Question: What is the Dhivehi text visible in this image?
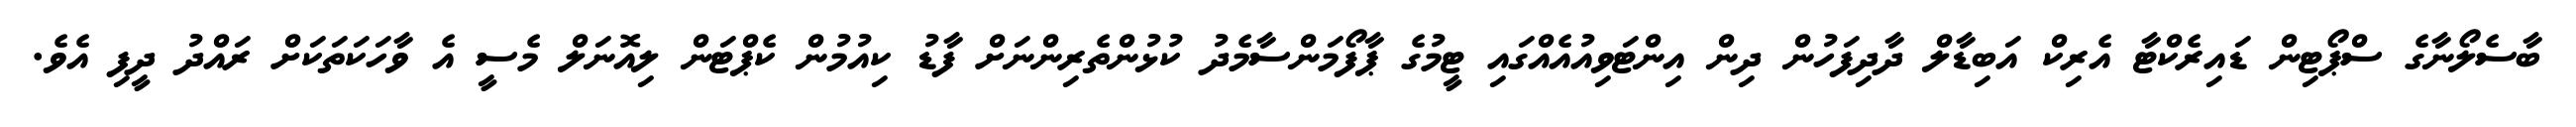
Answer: ބާސެލޯނާގެ ސްޕޯޓިން ޑައިރެކްޓާ އެރިކް އަބިޑާލް ދާދިފަހުން ދިން އިންޓަވިއުއެއްގައި ޓީމުގެ ޕާފޯމަންސާމެދު ކުޅުންތެރިންނަށް ފާޑު ކިއުމުން ކެޕްޓަން ލިއޮނަލް މެސީ އެ ވާހަކަތަކަށް ރައްދު ދީފި އެވެ.